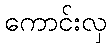
ကောင်းလှ